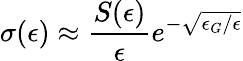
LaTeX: \sigma(\epsilon)\approx{\frac{S(\epsilon)}{\epsilon}}e^{-{\sqrt{\epsilon_{G}/\epsilon}}}